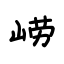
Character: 崂